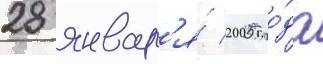
28 январ'я́ 2005 го́да